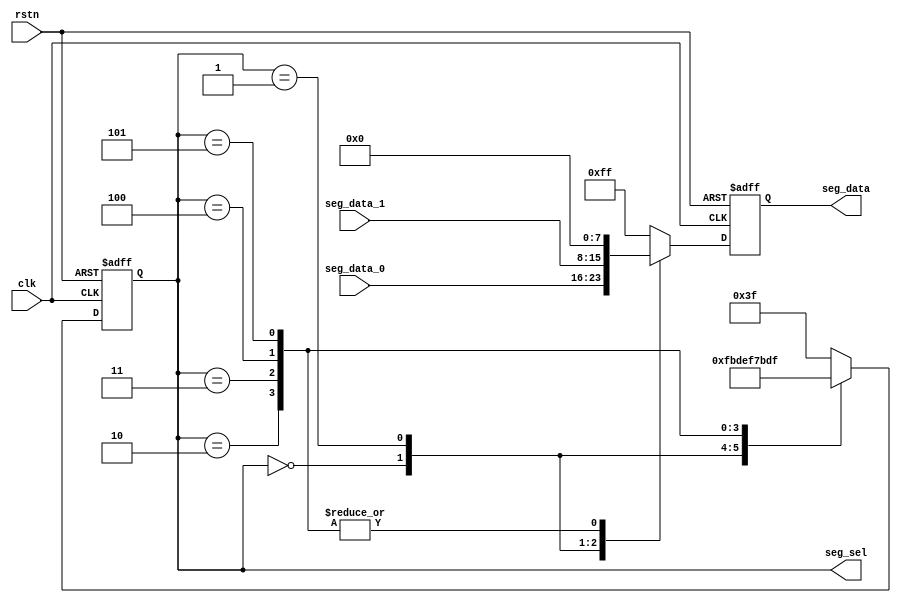
module scan (
    input clk,
    input rstn,
    input [7:0] seg_data_0,
    input [7:0] seg_data_1,
    output reg [5:0] seg_sel,
    output reg [7:0] seg_data 
);

parameter SCAN_FREQ = 200;     //scan frequency
parameter CLK_FREQ = 50000000; //clock frequency

parameter SCAN_COUNT = CLK_FREQ /(SCAN_FREQ * 6) - 1;

reg [31:0] scan_timer;
reg [3:0] scan_sel;

initial begin
    scan_timer <= 0;
    seg_sel <= 0;
end

always @(posedge clk or negedge rstn) begin
    if(!rstn)
        begin
            scan_timer <= 0;
        end
    else if(scan_timer >= SCAN_COUNT) begin
        scan_timer <= 0;
        if (scan_sel == 4'd5) begin
            scan_sel <= 0;
        end
        scan_sel <= scan_sel + 1;
    end
    else
        begin
            scan_timer <= scan_timer + 32'd1;
        end
end

always @(posedge clk or negedge rstn) begin
    if(!rstn) 
        begin
            seg_sel <= 6'b111111;
            seg_data <= 8'hff;
        end
    else
        begin
            case(seg_sel)
                4'd0:
                begin
                    seg_sel <= 6'b11_1110;
                    seg_data <= seg_data_0;
                end
                //second digital led
                4'd1:
                begin
                    seg_sel <= 6'b11_1101;
                    seg_data <= seg_data_1;
                end
                //...
                4'd2:
                begin
                    seg_sel <= 6'b11_1011;
                    seg_data <= 0;
                end
                4'd3:
                begin
                    seg_sel <= 6'b11_0111;
                    seg_data <= 0;
                end
                4'd4:
                begin
                    seg_sel <= 6'b10_1111;
                    seg_data <= 0;
                end
                4'd5:
                begin
                    seg_sel <= 6'b01_1111;
                    seg_data <= 0;
                end
                default:
                begin
                    seg_sel <= 6'b11_1111;
                    seg_data <= 8'hff;
                end
            endcase
        end
    end


endmodule //scan